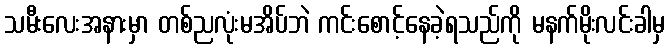
သမီးလေးအနားမှာ တစ်ညလုံးမအိပ်ဘဲ ကင်းစောင့်နေခဲ့ရသည်ကို မနက်မိုးလင်းခါမှ